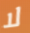
لا